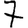
Digit: 7